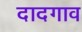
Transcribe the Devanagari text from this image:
दादगाव